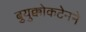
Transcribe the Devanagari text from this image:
बुयुक्कोकटेनने